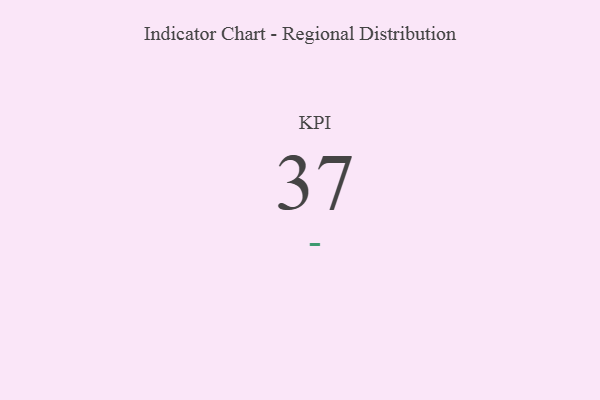
{"axis": {"x": "KPI", "y": "Value"}, "legend": [""], "data": [{"x": "KPI", "y": 37, "type": ""}]}